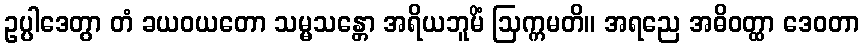
ဥပ္ပါဒေတွာ တံ ခယဝယတော သမ္မသန္တော အရိယဘူမိံ ဩက္ကမတိ။ အရညေ အဓိဝတ္ထာ ဒေဝတာ